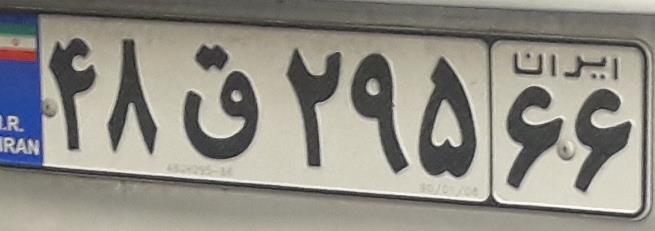
۴۸ق۲۹۵۶۶